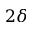
2 \delta